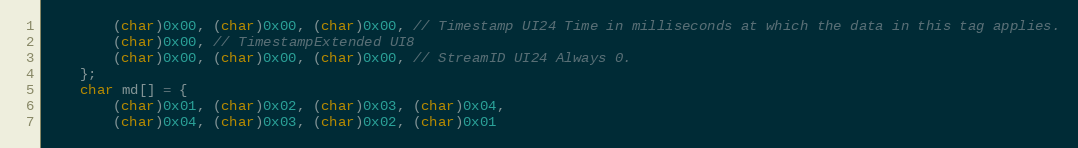
Language: C++
        (char)0x00, (char)0x00, (char)0x00, // Timestamp UI24 Time in milliseconds at which the data in this tag applies.
        (char)0x00, // TimestampExtended UI8
        (char)0x00, (char)0x00, (char)0x00, // StreamID UI24 Always 0.
    };
    char md[] = {
        (char)0x01, (char)0x02, (char)0x03, (char)0x04,
        (char)0x04, (char)0x03, (char)0x02, (char)0x01